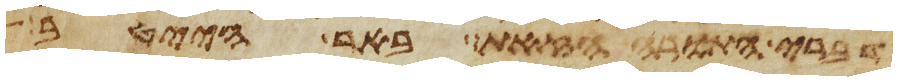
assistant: דברי התורה הזאת באר הייטב